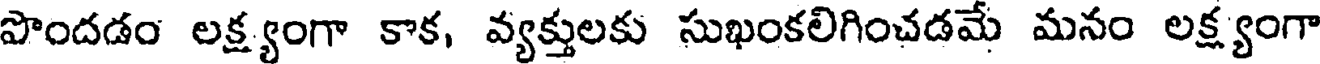
పొందడం లక్ష్యంగా కాక, వ్యక్తులకు సుఖంకలిగించడమే మనం లక్ష్యంగా